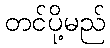
တင်ပို့မည်